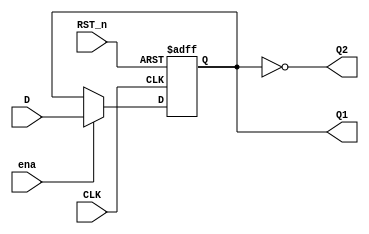
`timescale 1ns / 1ns
module Ansynchronous(
    input CLK,
    input D,
    input ena,
    input RST_n,
    output reg Q1,
    output Q2
);
    assign Q2=~Q1;
    always@(negedge CLK or negedge RST_n)
    begin
    if(!RST_n)
    begin
        Q1<=0;
    end
    else if(ena)
    begin
        Q1<=D;
    end
    end
endmodule

module Ansynchronous1(
    input CLK,
    input D,
    input ena,
    input RST_n,
    output reg Q1,
    output Q2
);
    assign Q2=~Q1;
    always@(negedge CLK or negedge RST_n)
    begin
    if(!RST_n)
    begin
        Q1<=1;
    end
    else if(ena)
    begin
        Q1<=D;
    end
    end
endmodule